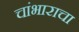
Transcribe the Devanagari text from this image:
चांभाराचा